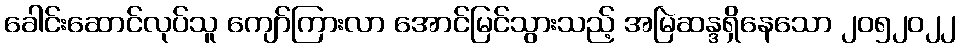
ခေါင်းဆောင်လုပ်သူ ကျော်ကြားလာ အောင်မြင်သွားသည့် အမြဲဆန္ဒရှိနေသော ၂၀၅၂၀၂၂